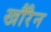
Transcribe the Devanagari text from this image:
खौरैन